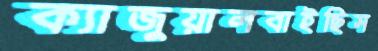
ক্যাজুয়ালবাইছিস